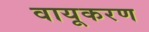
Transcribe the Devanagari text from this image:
वायूकरण